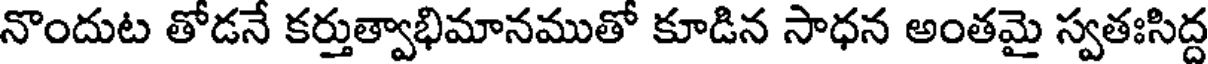
నొందుట తోడనే కర్తుత్వాభిమానముతో కూడిన సాధన అంతమై స్వతఃసిద్ద